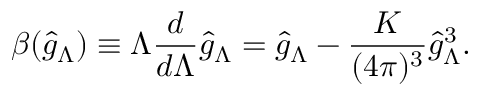
\beta ( \hat { g } _ { \Lambda } ) \equiv \Lambda \frac { d } { d \Lambda } \hat { g } _ { \Lambda } = \hat { g } _ { \Lambda } - \frac { K } { ( 4 \pi ) ^ { 3 } } \hat { g } _ { \Lambda } ^ { 3 } .